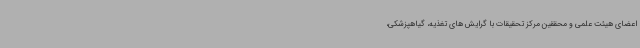
اعضای هیئت علمی و محققین مرکز تحقیقات با گرایش های تغذیه، گیاهپزشکی،